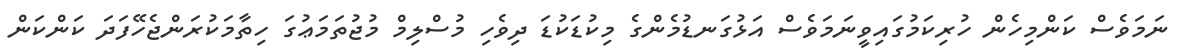
ނަމަވެސް ކަންމިހެން ހުރިކަމުގައިވީނަމަވެސް އަޅުގަނޑުމެންގެ މިކުޑަކުޑަ ދިވެހި މުސްލިމް މުޖުތަމަޢުގަ ހިތާމަކުރަންޖެހޭފަދަ ކަންކަން